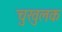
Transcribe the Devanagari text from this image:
चुखुलक